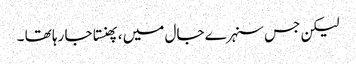
لیکن جس سنہرے جال میں ، پھنستا جا رہا تھا ۔